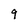
Character: 9